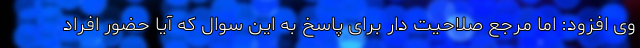
وی افزود: اما مرجع صلاحیت دار برای پاسخ به این سوال که آیا حضور افراد